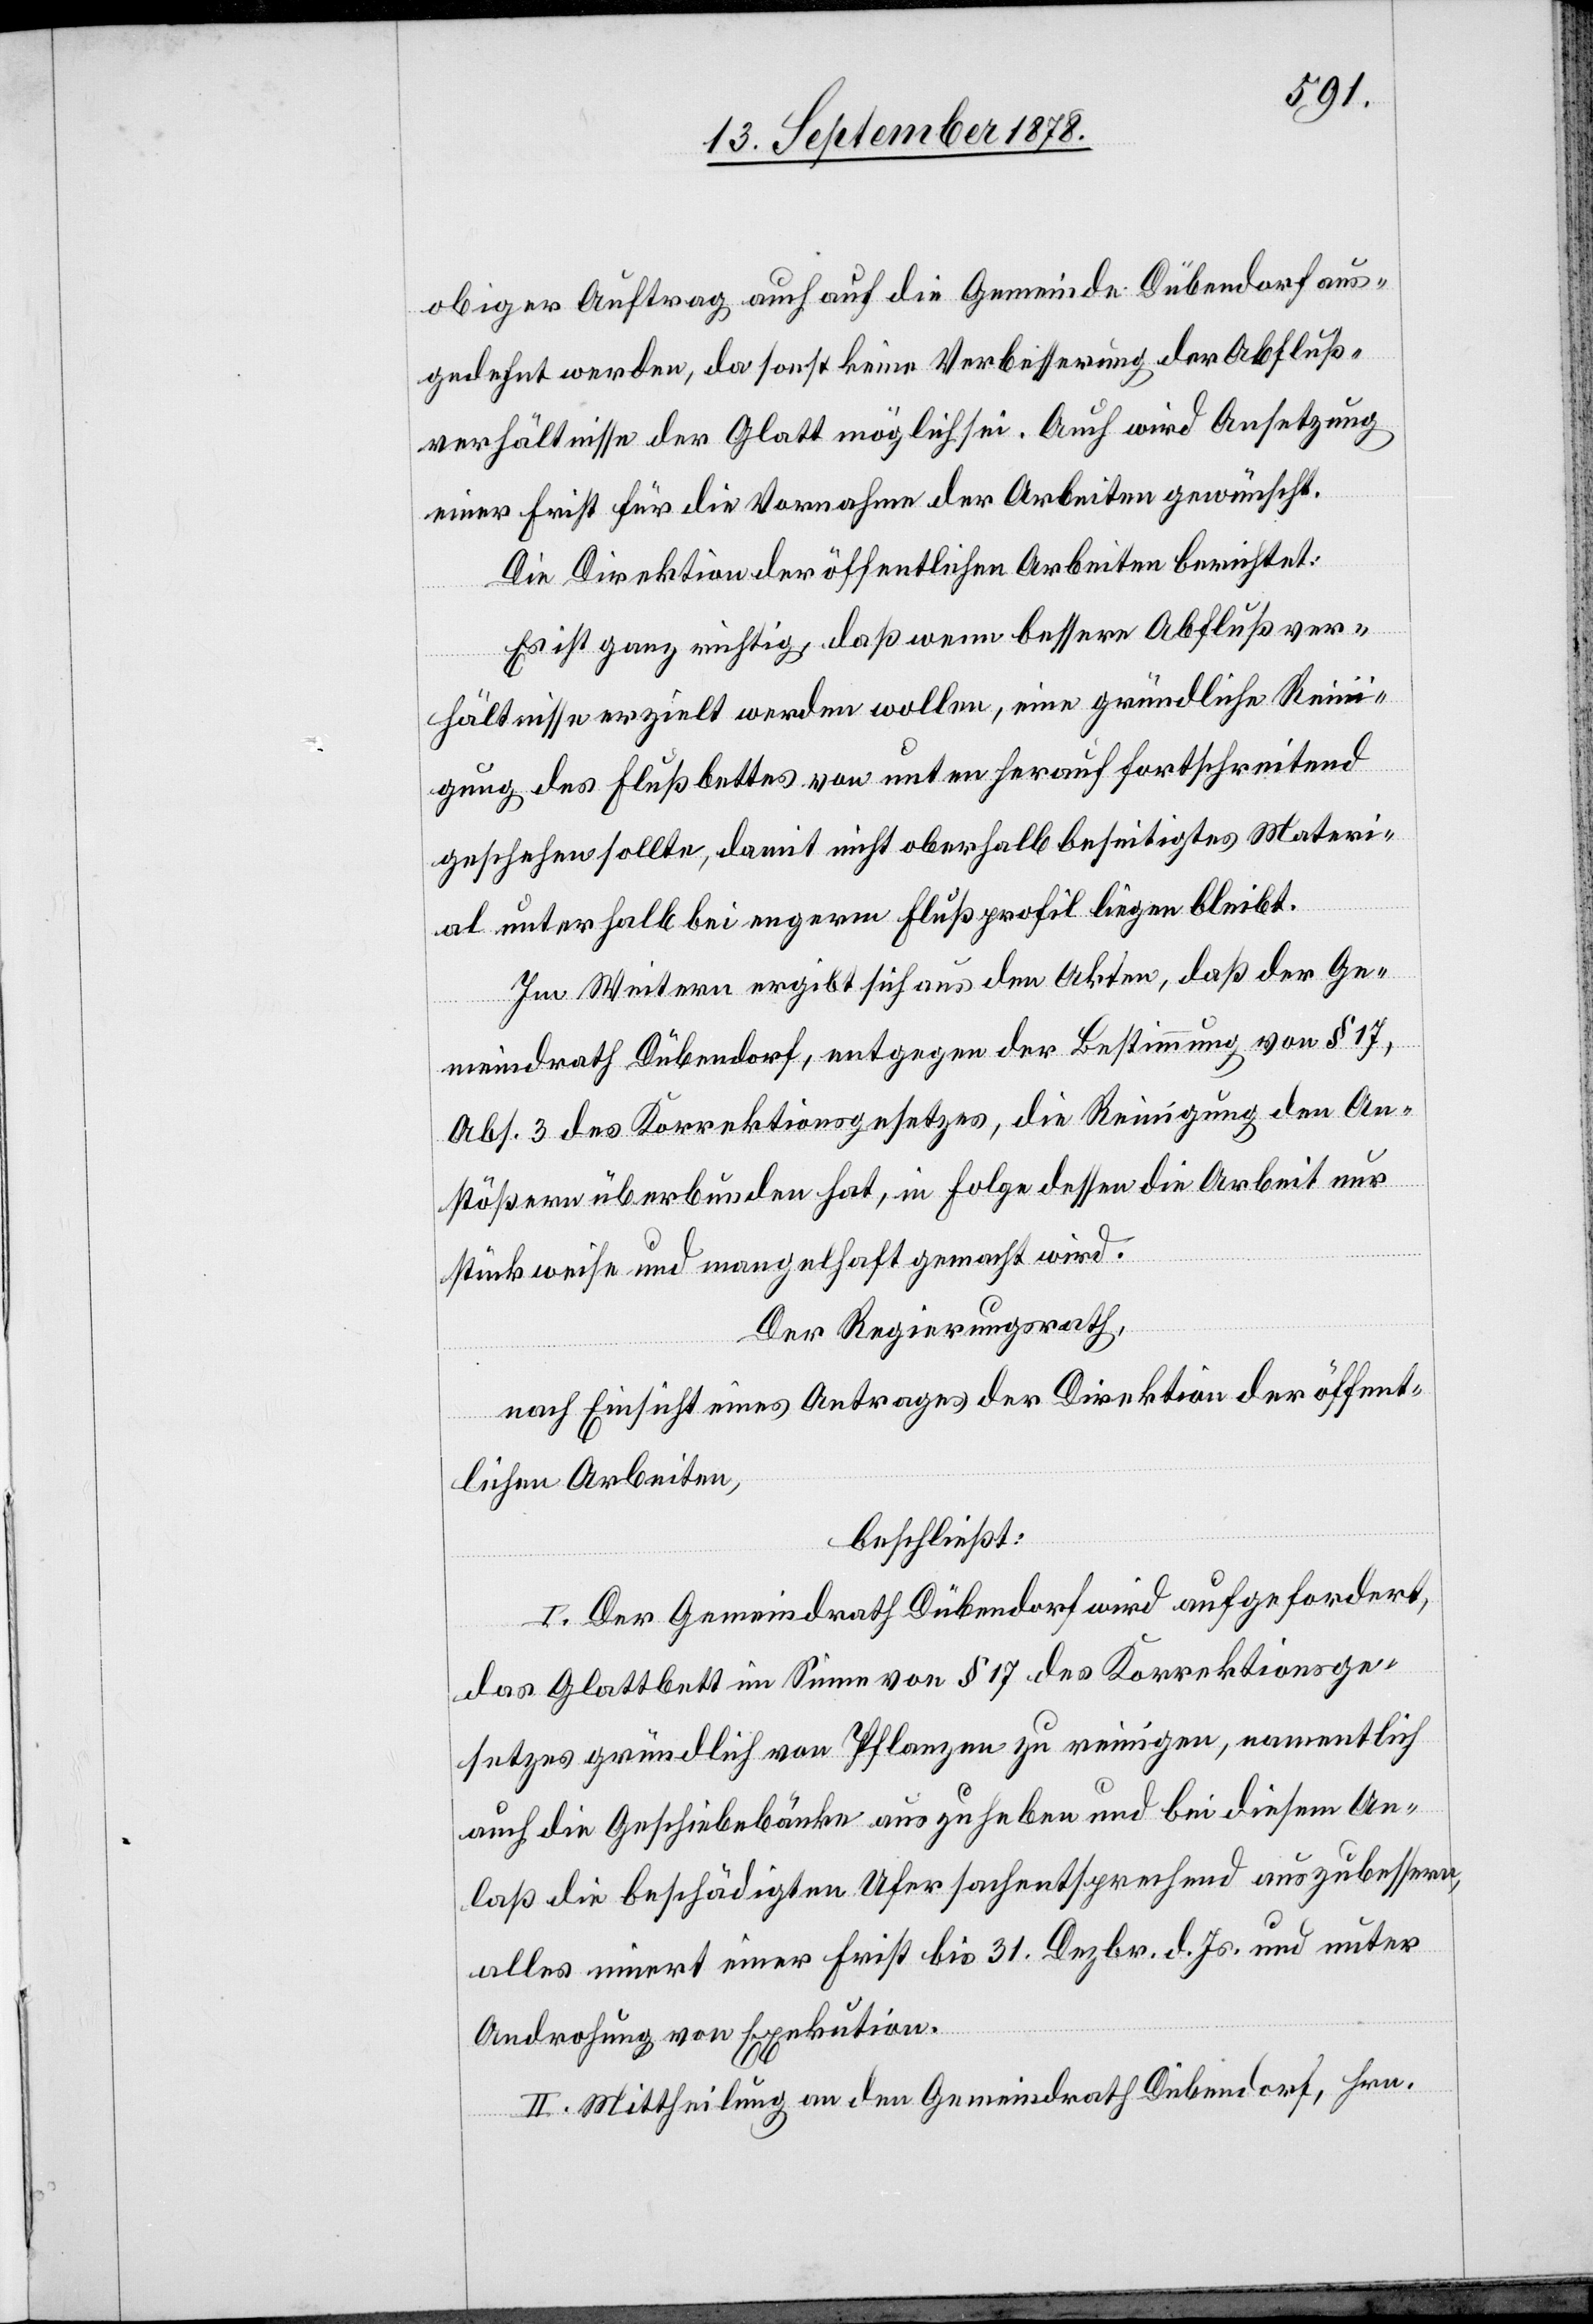
obiger Auftrag auch auf die Gemeinde Dübendorf aus¬
gedehnt werden, da sonst keine Verbesserung der Abfluß¬
verhältnisse der Glatt möglich sei. Auch wird Ansetzung
einer Frist über die Vornahme der Arbeiten gewünscht.
Die Direktion der öffentlichen Arbeiten berichtet:
Es ist ganz richtig, daß wenn bessere Abflußver¬
hältnisse erzielt werden wollen, eine gründliche Reini¬
gung des Flussbettes von unten herauf fortschreitend
geschehen sollte, damit nicht oberhalb beseitigtes Materi¬
al unterhalb bei engerm Flußprofil liegen bleibt.
Im Weitern ergibt sich aus den Akten, daß der Ge¬
meindrath Dübendorf, entgegen der Bestimmung von § 17,
Abs. 3 des Korrektionsgesetzes, die Reinigung den An¬
stößern überbunden hat, in Folge dessen die Arbeit nur
stückweise und mangelhaft gemacht wird.
Der Regierungsrath,
nach Einsicht eines Antrages der Direktion der öffent¬
lichen Arbeiten,
beschließt:
I. Der Gemeindrath Dübendorf wird aufgefordert,
das Glattbett im Sinne von § 17 des Korrektionsge¬
setzes gründlich von Pflanzen zu reinigen, namentlich
auch die Geschiebebänke auszuheben und bei diesem An¬
laß die beschädigten Ufer sachentsprechend auszubessern,
alles innert einer Frist bis 31. Dezbr. d. Js. und unter
Androhung von Exekution.
II. Mittheilung an den Gemeindrath Dübendorf, Hrn.